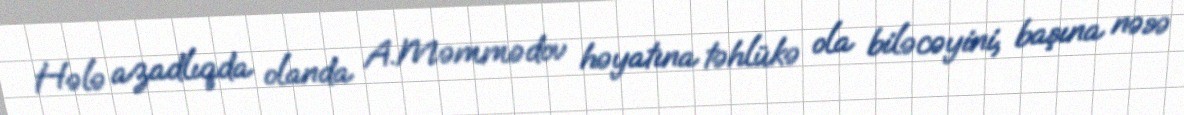
Hələ azadlıqda olanda A.Məmmədov həyatına təhlükə ola biləcəyini, başına nəsə